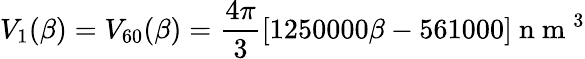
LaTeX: V_{1}(\beta)=V_{60}(\beta)=\frac{4\pi}{3}[1250000\beta-561000]\mathrm{~n~m~}^{3}